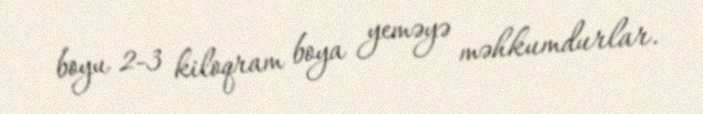
boyu 2-3 kiloqram boya yeməyə məhkumdurlar.